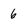
Character: 6